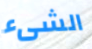
الشىء